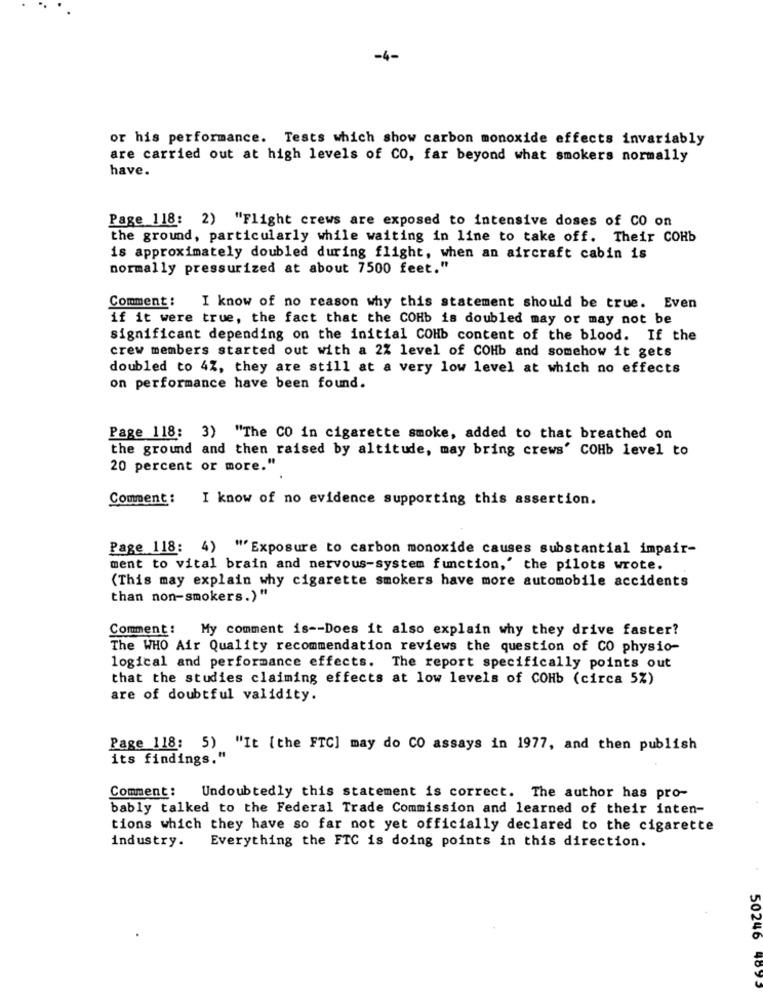
-4-
or his performance. Tests which show carbon monoxide effects invariably
are carried out at high levels of CO, far beyond what smokers normally
have.
Page 118: 2) "Flight crews are exposed to intensive doses of CO on
the ground, particularly while waiting in line to take off. Their COHb
is approximately doubled during flight, when an aircraft cabin is
normally pressurized at about 7500 feet."
Comment :
I know of no reason why this statement should be true. Even
if it were true, the fact that the COHb is doubled may or may not be
significant depending on the initial COHb content of the blood. If the
crew members started out with a 2% level of COHb and somehow it gets
doubled to 4Z, they are still at a very low level at which no effects
on performance have been found.
Page 118: 3) "The CO in cigarette smoke, added to that breathed on
the ground and then raised by altitude, may bring crews' COHb level to
20 percent or more."
Comment: I know of no evidence supporting this assertion.
Page 118: 4) "Exposure to carbon monoxide causes substantial impair-
ment to vital brain and nervous-system function,' the pilots wrote.
(This may explain why cigarette smokers have more automobile accidents
than non-smokers.)"
Comment: My comment is -- Does it also explain why they drive faster?
The WHO Air Quality recommendation reviews the question of CO physio-
logical and performance effects. The report specifically points out
that the studies claiming effects at low levels of COHb (circa 5%)
are of doubtful validity.
Page 118: 5) "It [the FTC] may do CO assays in 1977, and then publish
its findings."
Comment:
Undoubtedly this statement is correct. The author has pro-
bably talked to the Federal Trade Commission and learned of their inten-
tions which they have so far not yet officially declared to the cigarette
Everything the FTC is doing points in this direction.
industry.
50246 4895